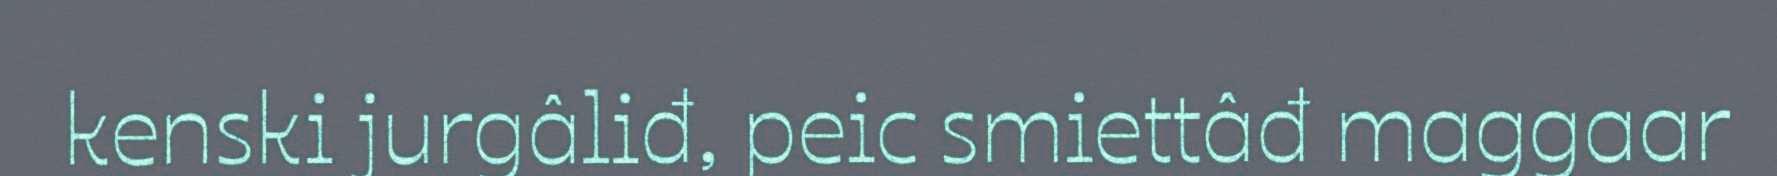
kenski jurgâliđ, peic smiettâđ maggaar